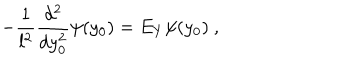
- \frac { 1 } { l ^ { 2 } } \frac { d ^ { 2 } } { d y _ { 0 } ^ { 2 } } \psi ( y _ { 0 } ) = E _ { Y } \psi ( y _ { 0 } ) \ ,